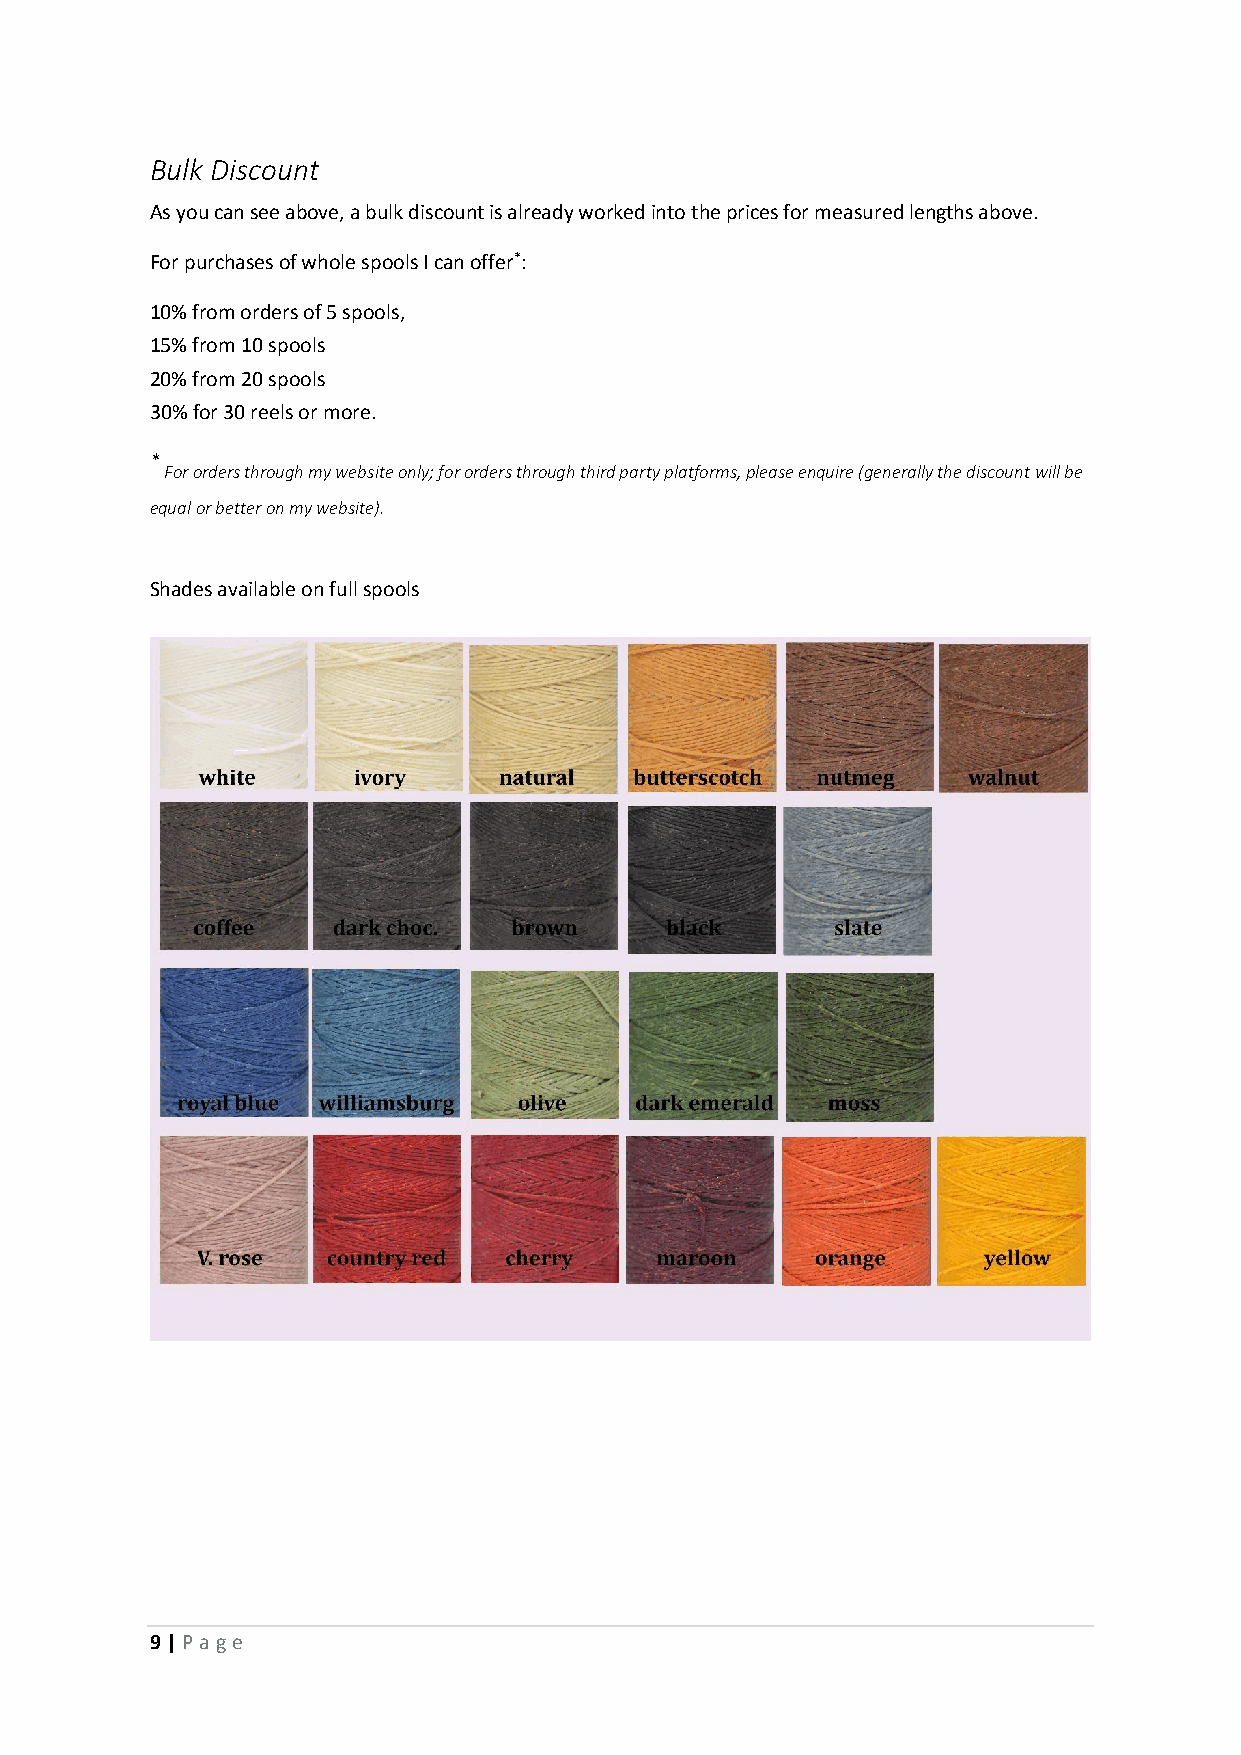
Bulk Discount
 As you can see above, a bulk discount is already worked into the prices for measured lengths above.
 For purchases of whole spools I can offer*:
 10% from orders of 5 spools,
 15% from 10 spools
 20% from 20 spools
 30% for 30 reels or more.
 *
 For orders through my website only; for orders through third party platforms, please enquire (generally the discount will be
 equal or better on my website).
 Shades available on full spools
 9 | P age